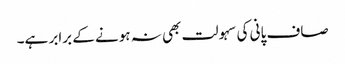
صاف پانی کی سہولت بھی نہ ہونے کے برابر ہے۔